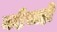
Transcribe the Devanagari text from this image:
नदीचाही